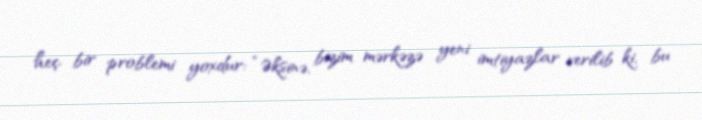
heç bir problemi yoxdur: “Əksinə, bizim mərkəzə yeni imtiyazlar verilib ki, bu